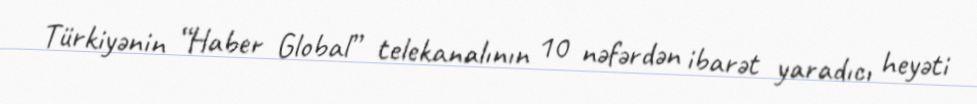
Türkiyənin “Haber Global” telekanalının 10 nəfərdən ibarət yaradıcı heyəti